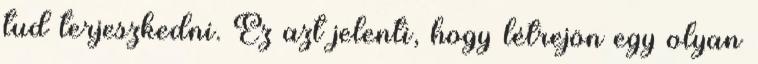
tud terjeszkedni. Ez azt jelenti, hogy létrejön egy olyan